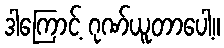
ဒါကြောင့် ဂုဏ်ယူတာပေါ့။